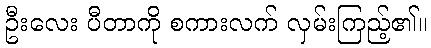
ဦးလေး ပီတာကို စကားလက် လှမ်းကြည့်၏။